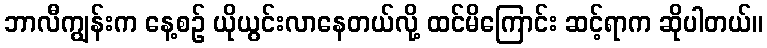
ဘာလီကျွန်းက နေ့စဉ် ယိုယွင်းလာနေတယ်လို့ ထင်မိကြောင်း ဆင့်ရာက ဆိုပါတယ်။